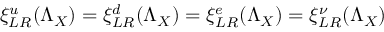
\xi _ { L R } ^ { u } ( \Lambda _ { X } ) = \xi _ { L R } ^ { d } ( \Lambda _ { X } ) = \xi _ { L R } ^ { e } ( \Lambda _ { X } ) = \xi _ { L R } ^ { \nu } ( \Lambda _ { X } )